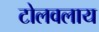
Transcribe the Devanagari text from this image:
टोलवलाय